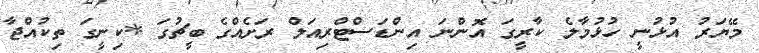
މޭޔަރު އުޅުނީ ހުޅުމާލެ ކާރީގަ އޮންނަ އިންޑަސްޓްރިއަލް ރަށެއްގެ ބީޗުގަ *ކިނީގަ ތިކުއްޖާ